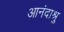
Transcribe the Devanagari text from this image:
आनंदाश्रु